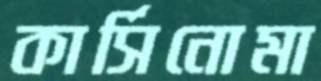
কার্সিনোমা